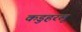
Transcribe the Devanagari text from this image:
कडुहरलू